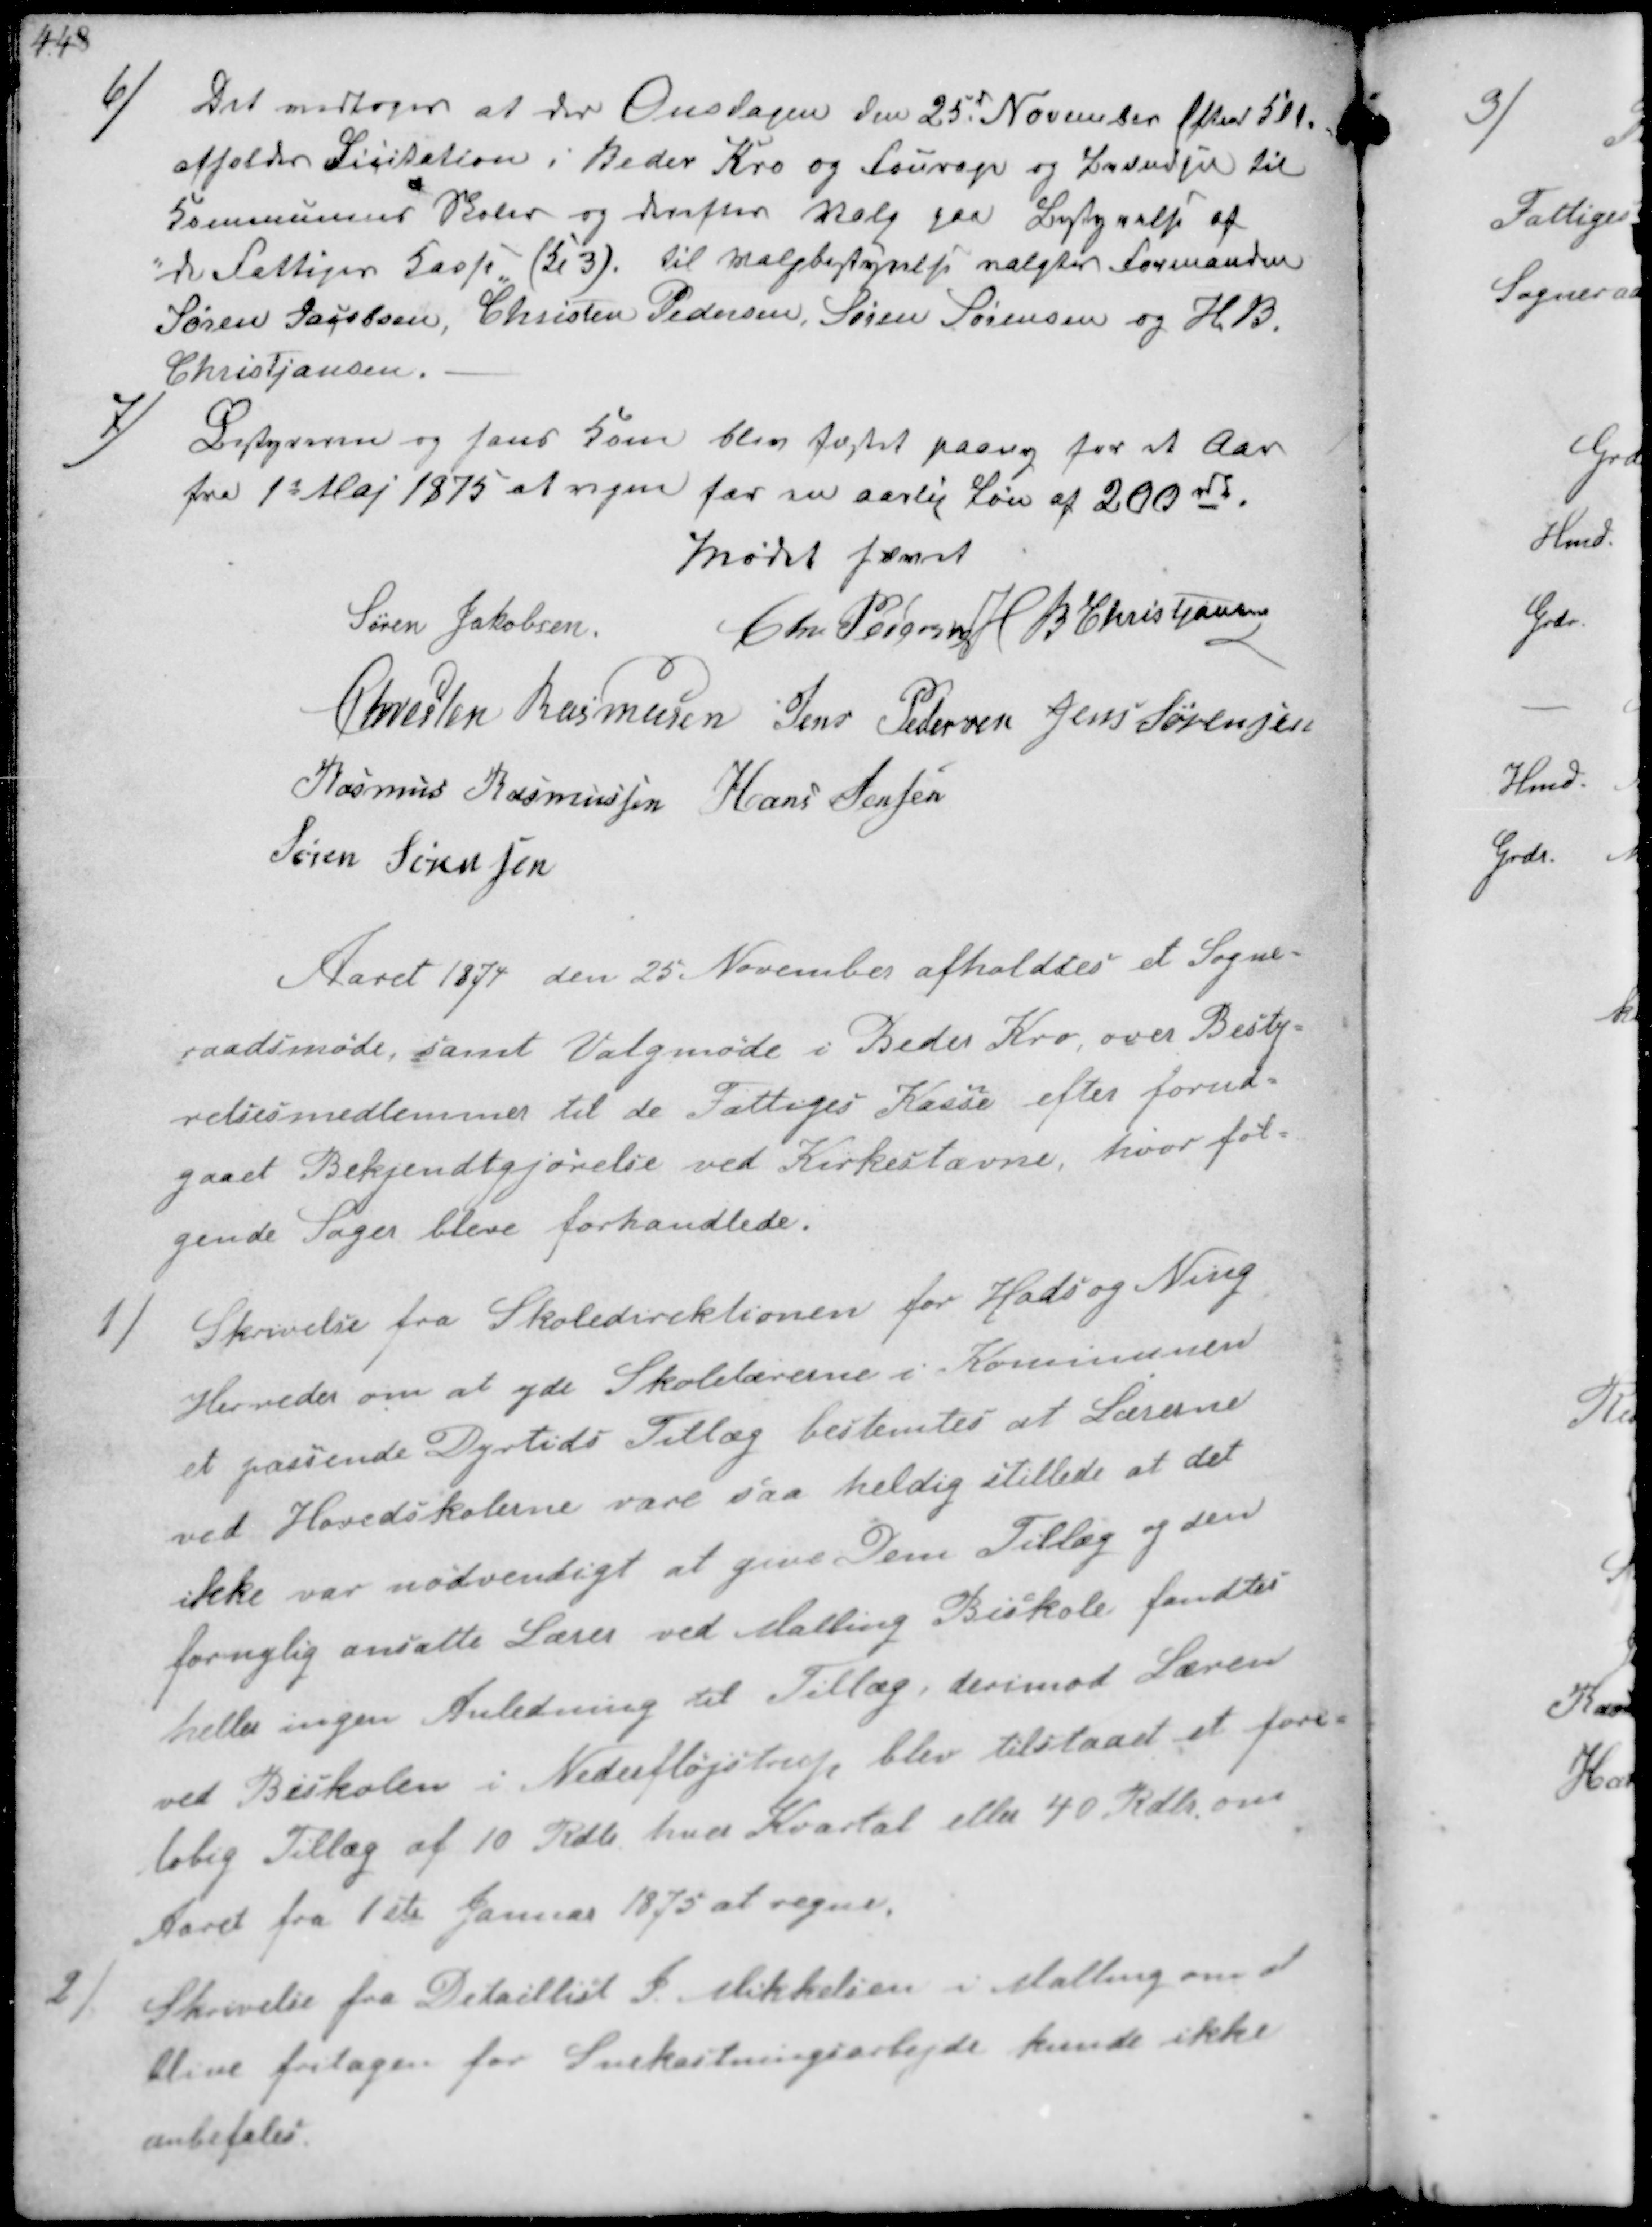
Transskription:
6/
Det vedtoges at der Onsdagen den 25d November Eftmd Kl 1
afholdes Licitation i Beder Kro og Fourage og Brændsel til
Kommunens Skoler og derefter Valg paa Bestyrelse af
de fattiges Kasse (Kl 3). til Valgbestyrelsen valgtes Formanden
Søren Jacbsen, Christen Pedersen, Søren Sørensen og H B
Christjansen.

7/
Bestyreren og hans Kone bliv fæstet paany for et Aar
fra 1s Maj 1875 at regne for en aarlig Løn af 200 rd.
Mødet hævet
Søren Jakobsen
Chr. Pedersen H B Christjansen
Chresten Rasmussen Jens Pedersen Jens Sørensen
Rasmus Rasmussen Hans Jensen
Søren Sørensen

Aaret 1874 den 25. November afholdtes et Sogne-
raadsmøde, samt Valgmøde i Beder Kro, over Besty-
relsesmedlemmer til de Fattiges Kasse efter forud-
gaaet Bekjendtgjørelse ved Kirkestævne, hvor føl-
gende Sager bleve forhandlede.

1/
Skrivelse fra Skoledirektionen for Hads og Ning
Herreder om at yde Skolelærerne i Kommunen
et passende Dyrtids Tillæg bestemtes at Lærerne
ved Hovedskolerne vare saa heldig stillede at det
ikke var nødvendigt at give Dem Tillæg og den
fornylig ansatte Lærer ved Malling Biskole fandtes
heller ingen Anledning til Tillæg, derimod Læren
ved Biskolen i Nederfløjstrup, blev tilstaaet et fore-
løbig Tillæg af 10 Rdl hver Kvartal eller 40 Rdl. om
Aaret fra 1ste Januar 1875 at regne.

2/
Skrivelse fra Detaillist P. Mikkelsen i Malling om at
blive fritagen for Snekastningsarbejde kunde ikke
anbefales.